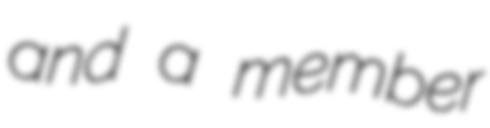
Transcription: and a member